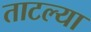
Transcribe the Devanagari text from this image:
ताटल्या